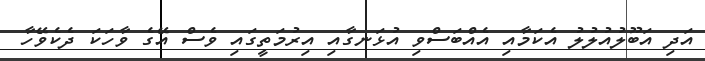
އަދި އަބޫލުއުލުލު އެކަމާއި އެއްބަސްވި އުޅަނގާއި އިރުމަތީގައި ވެސް އޭގެ ވާހަކަ ދެކެވޭހާ